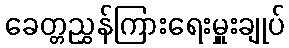
ခေတ္တညွှန်ကြားရေးမှူးချုပ်